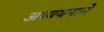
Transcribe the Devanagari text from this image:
अध्ययनानें